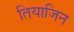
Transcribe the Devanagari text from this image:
तियाजिन